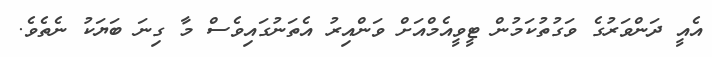
އެއީ ދަންވަރުގެ ވަގުތުކަމުން ޓީވީއެމްއަށް ވަންއިރު އެތަނުގައިވެސް މާ ގިނަ ބަޔަކު ނެތެވެ.